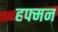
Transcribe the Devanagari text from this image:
हफ्मन